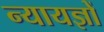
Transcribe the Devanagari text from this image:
न्यायज्ञों